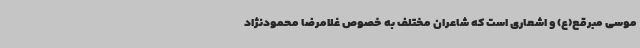
موسی مبرقع(ع) و اشعاری است که شاعران مختلف به خصوص غلامرضا محمودنژاد